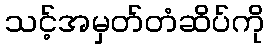
သင့်အမှတ်တံဆိပ်ကို